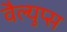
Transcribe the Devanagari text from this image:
वैल्युप्स